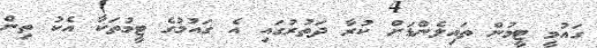
ގައުމީ ޓީމުން ތައިލެންޑަށް ކުރާ ދަތުރުގައި އެ ގައުމުގެ ޓީމުތަކާ އެކު ތިން